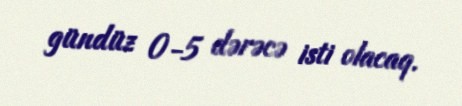
gündüz 0-5 dərəcə isti olacaq.